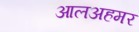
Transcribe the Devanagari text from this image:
आलअहमर